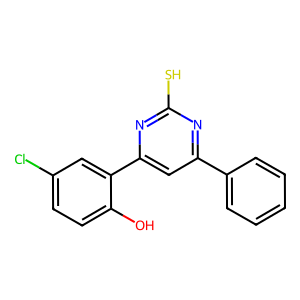
SMILES: Oc1ccc(Cl)cc1-c1cc(-c2ccccc2)nc(S)n1
Inhibits HIV replication: No